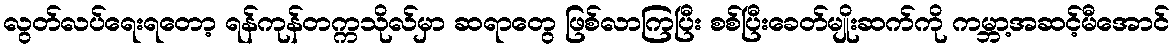
လွတ်လပ်ရေးရတော့ ရန်ကုန်တက္ကသိုလ်မှာ ဆရာတွေ ဖြစ်လာကြပြီး စစ်ပြီးခေတ်မျိုးဆက်ကို ကမ္ဘာ့အဆင့်မီအောင်